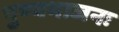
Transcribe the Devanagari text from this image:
पुण्यभाजनः